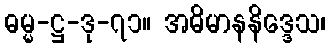
ဓမ္မ-ဋ္ဌ-ဒု-၇၁။ အဓိမာနနိဒ္ဒေသ၊